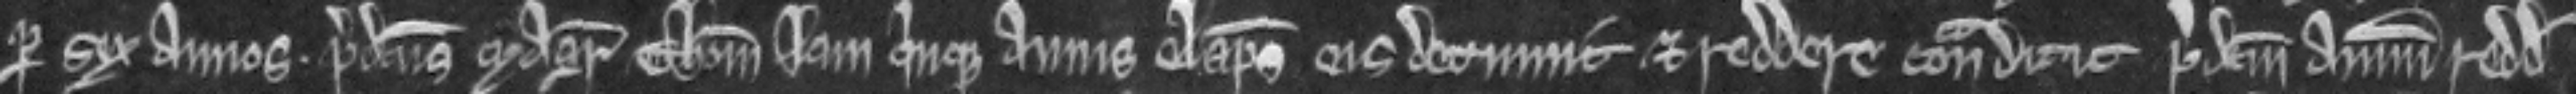
per sex annos. predictus Magister Thomas jam quinque annis elapsis eis detinuit et reddere contradicit predictum annuum redditum